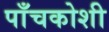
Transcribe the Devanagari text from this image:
पाँचकोशी